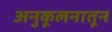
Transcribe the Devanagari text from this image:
अनुकूलनातून